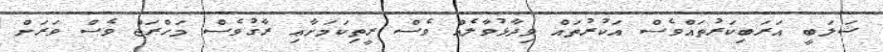
ޝަލަބީ އަރަބިކަރުތައްވެސް އަކުރުތައް ވިދާޅުވާލެއް ވެސް ރީތިކަަމަށާޢި ރާގުވެސް މަހްރަޖް ވެސް ވަރަށް